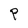
Character: P